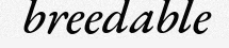
breedable